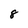
Character: 8